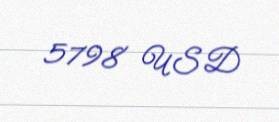
5798 USD